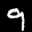
Label: 9